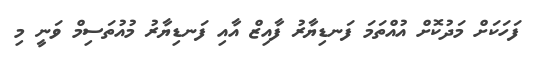
ފަހަކަށް މަދުކޮށް އުއްތަމަ ފަނޑިޔާރު ފާއިޒް އާއި ފަނޑިޔާރު މުއުތަސިމް ވަނީ މި